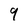
Character: 9